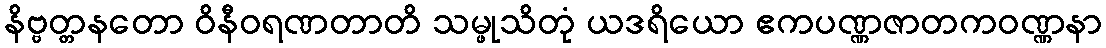
နိဗ္ဗတ္တနတော ဝိနီဝရဏတာတိ သမ္ဖုသိတုံ ယဒရိယော ဧကပဏ္ဏဇာတကဝဏ္ဏနာ